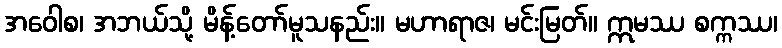
အဝေါစ၊ အဘယ်သို့ မိန့်တော်မူသနည်း။ မဟာရာဇ၊ မင်းမြတ်။ ဣမဿ စက္ကဿ၊